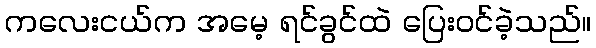
ကလေးငယ်က အမေ့ ရင်ခွင်ထဲ ပြေးဝင်ခဲ့သည်။